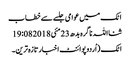
اٹک میں عوامی جلسے سے خطاب
ثنااللہ ناگرہ بدھ 23 مئی 2018 19:08
اٹک (اُردوپوائنٹ اخبارتازہ ترین۔